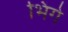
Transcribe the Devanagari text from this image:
भिंगे